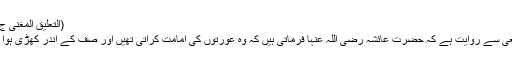
(التعلیق المغنی ج۱ص۴۰۵)
’’عطاء تابعی سے روایت ہے کہ حضرت عائشہ رضی اللہ عنہا فرماتی ہیں کہ وہ عورتوں کی امامت کراتی تھیں اور صف کے اندر کھڑی ہوا کرتی تھی۔